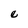
Character: e